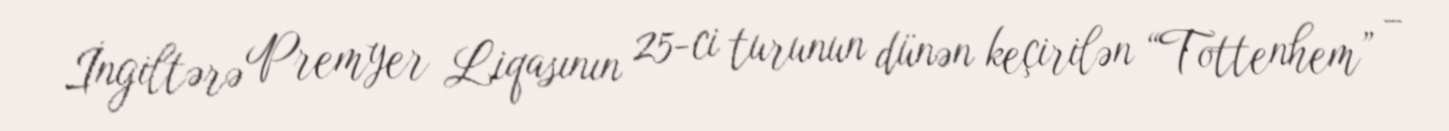
İngiltərə Premyer Liqasının 25-ci turunun dünən keçirilən “Tottenhem” –